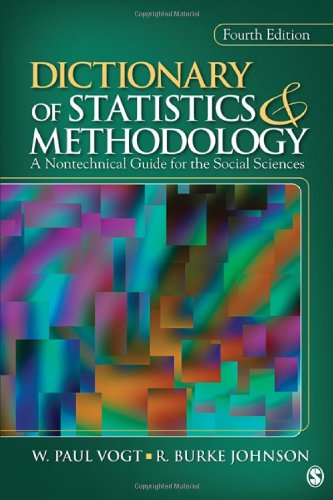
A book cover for Dictionary of Statistics & Methodology: A Nontechnical Guide for the Social Sciences; W. Paul Vogt; Medical Books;